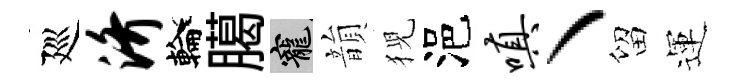
廵济輪臈寵韻猊浥嗔丶留運